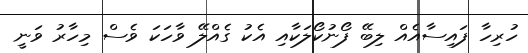
ހުރިހާ ފައިސާއެއް ލިބޭ ފޯނުކޯލަކާއި އެކު ގެއްލޭ ވާހަކަ ވެސް މިހާރު ވަނީ